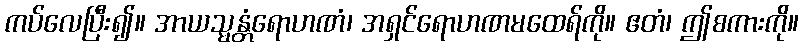
ကပ်လေပြီး၍။ အာယသ္မန္တံရောဟဏံ၊ အရှင်ရောဟဏမထေရ်ကို။ ဧတံ၊ ဤစကားကို။